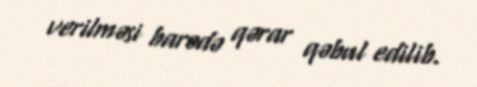
verilməsi barədə qərar qəbul edilib.